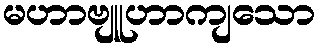
မဟာဗျူဟာကျသော